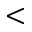
<